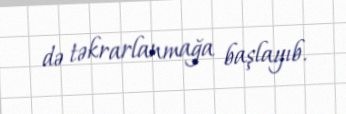
də təkrarlanmağa başlayıb.